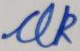
Text: UK